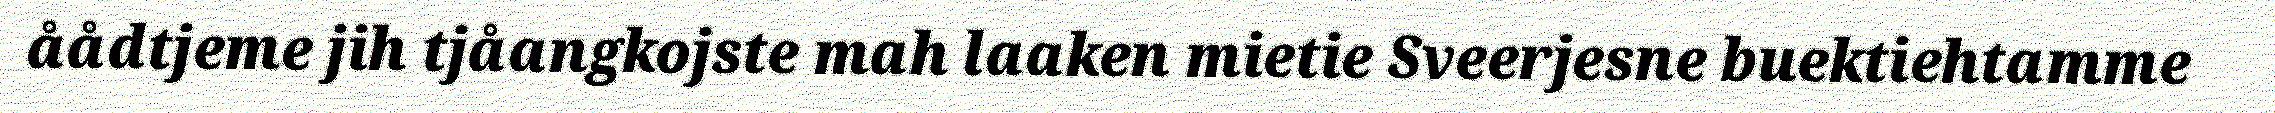
åådtjeme jih tjåangkojste mah laaken mietie Sveerjesne buektiehtamme